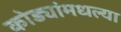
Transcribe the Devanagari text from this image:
कोड्यांमधल्या